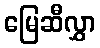
မြေဆီလွှာ